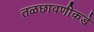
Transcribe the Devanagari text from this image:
तळछावणीकडे